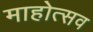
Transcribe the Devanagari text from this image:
माहोत्सव